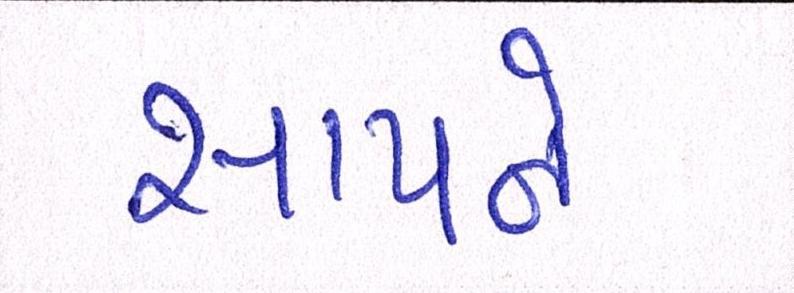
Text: સાપને